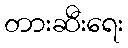
တားဆီးရေး